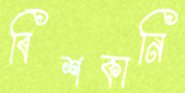
বিশকানি